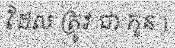
ដែល ត្រូវ ជា កូន )